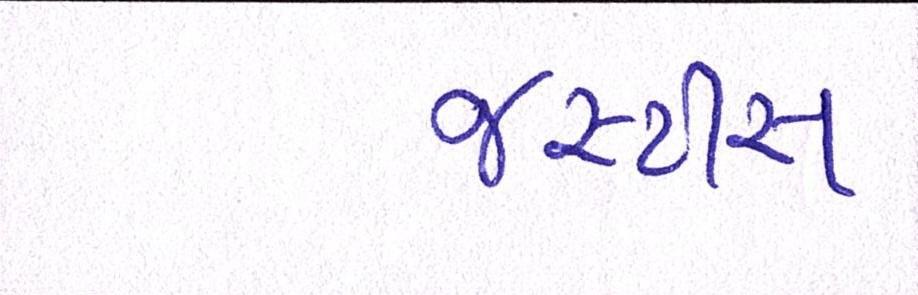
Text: જસ્ટીસ